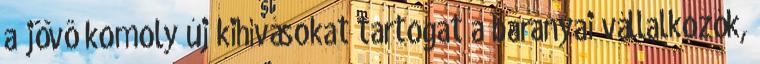
a jövô komoly új kihívásokat tartogat a baranyai vállalkozók,